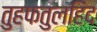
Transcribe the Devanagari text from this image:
तुहफतुलहिंद